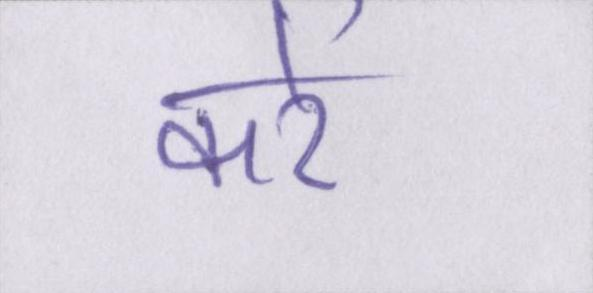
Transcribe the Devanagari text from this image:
करें।